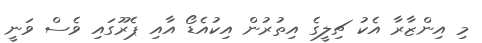
މި އިންޒާރާ އެކު ޗިލީގެ އިތުރުން އިކުއެޑޯ އާއި ޕެރޫގައި ވެސް ވަނީ